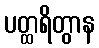
ပတ္ထရိတွာန